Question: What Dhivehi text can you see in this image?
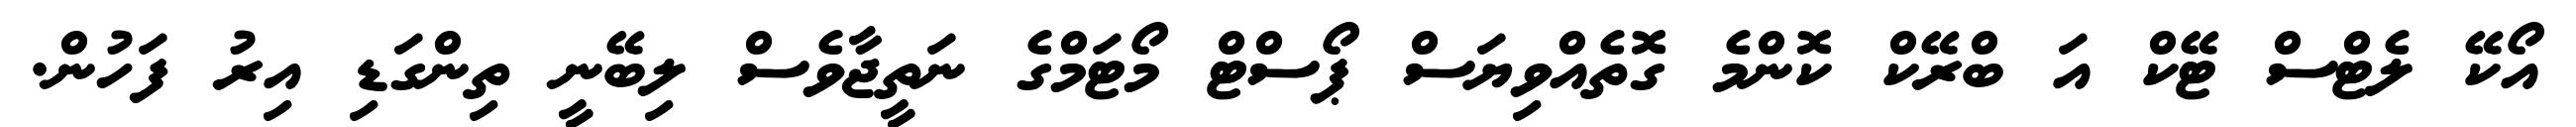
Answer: އޯކޭ ލެޓްސް ޓޭކް އަ ބްރޭކް ކޮންމެ ގޮތެއްވިޔަސް ޕޯސްޓް މޯޓަމްގެ ނަތީޖާވެސް ލިބޭނީ ތިންގަޑި އިރު ފަހުން.